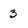
Character: 3